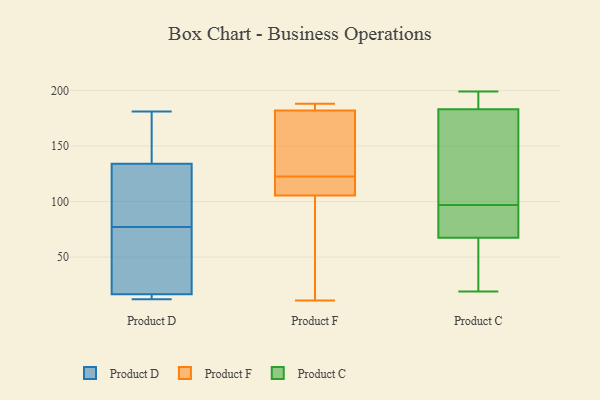
{"axis": {"x": "Headcount", "y": "Value"}, "legend": ["Product C", "Product D", "Product F"], "data": [{"x": "", "y": 77, "type": "Product D"}, {"x": "", "y": 149, "type": "Product D"}, {"x": "", "y": 14, "type": "Product D"}, {"x": "", "y": 154, "type": "Product D"}, {"x": "", "y": 76, "type": "Product D"}, {"x": "", "y": 12, "type": "Product D"}, {"x": "", "y": 181, "type": "Product D"}, {"x": "", "y": 96, "type": "Product D"}, {"x": "", "y": 14, "type": "Product D"}, {"x": "", "y": 67, "type": "Product D"}, {"x": "", "y": 164, "type": "Product D"}, {"x": "", "y": 12, "type": "Product D"}, {"x": "", "y": 19, "type": "Product D"}, {"x": "", "y": 92, "type": "Product D"}, {"x": "", "y": 119, "type": "Product D"}, {"x": "", "y": 77, "type": "Product D"}, {"x": "", "y": 120, "type": "Product F"}, {"x": "", "y": 92, "type": "Product F"}, {"x": "", "y": 188, "type": "Product F"}, {"x": "", "y": 145, "type": "Product F"}, {"x": "", "y": 184, "type": "Product F"}, {"x": "", "y": 109, "type": "Product F"}, {"x": "", "y": 96, "type": "Product F"}, {"x": "", "y": 155, "type": "Product F"}, {"x": "", "y": 185, "type": "Product F"}, {"x": "", "y": 120, "type": "Product F"}, {"x": "", "y": 185, "type": "Product F"}, {"x": "", "y": 102, "type": "Product F"}, {"x": "", "y": 180, "type": "Product F"}, {"x": "", "y": 116, "type": "Product F"}, {"x": "", "y": 11, "type": "Product F"}, {"x": "", "y": 125, "type": "Product F"}, {"x": "", "y": 199, "type": "Product C"}, {"x": "", "y": 181, "type": "Product C"}, {"x": "", "y": 98, "type": "Product C"}, {"x": "", "y": 45, "type": "Product C"}, {"x": "", "y": 185, "type": "Product C"}, {"x": "", "y": 96, "type": "Product C"}, {"x": "", "y": 195, "type": "Product C"}, {"x": "", "y": 90, "type": "Product C"}, {"x": "", "y": 69, "type": "Product C"}, {"x": "", "y": 152, "type": "Product C"}, {"x": "", "y": 66, "type": "Product C"}, {"x": "", "y": 19, "type": "Product C"}]}